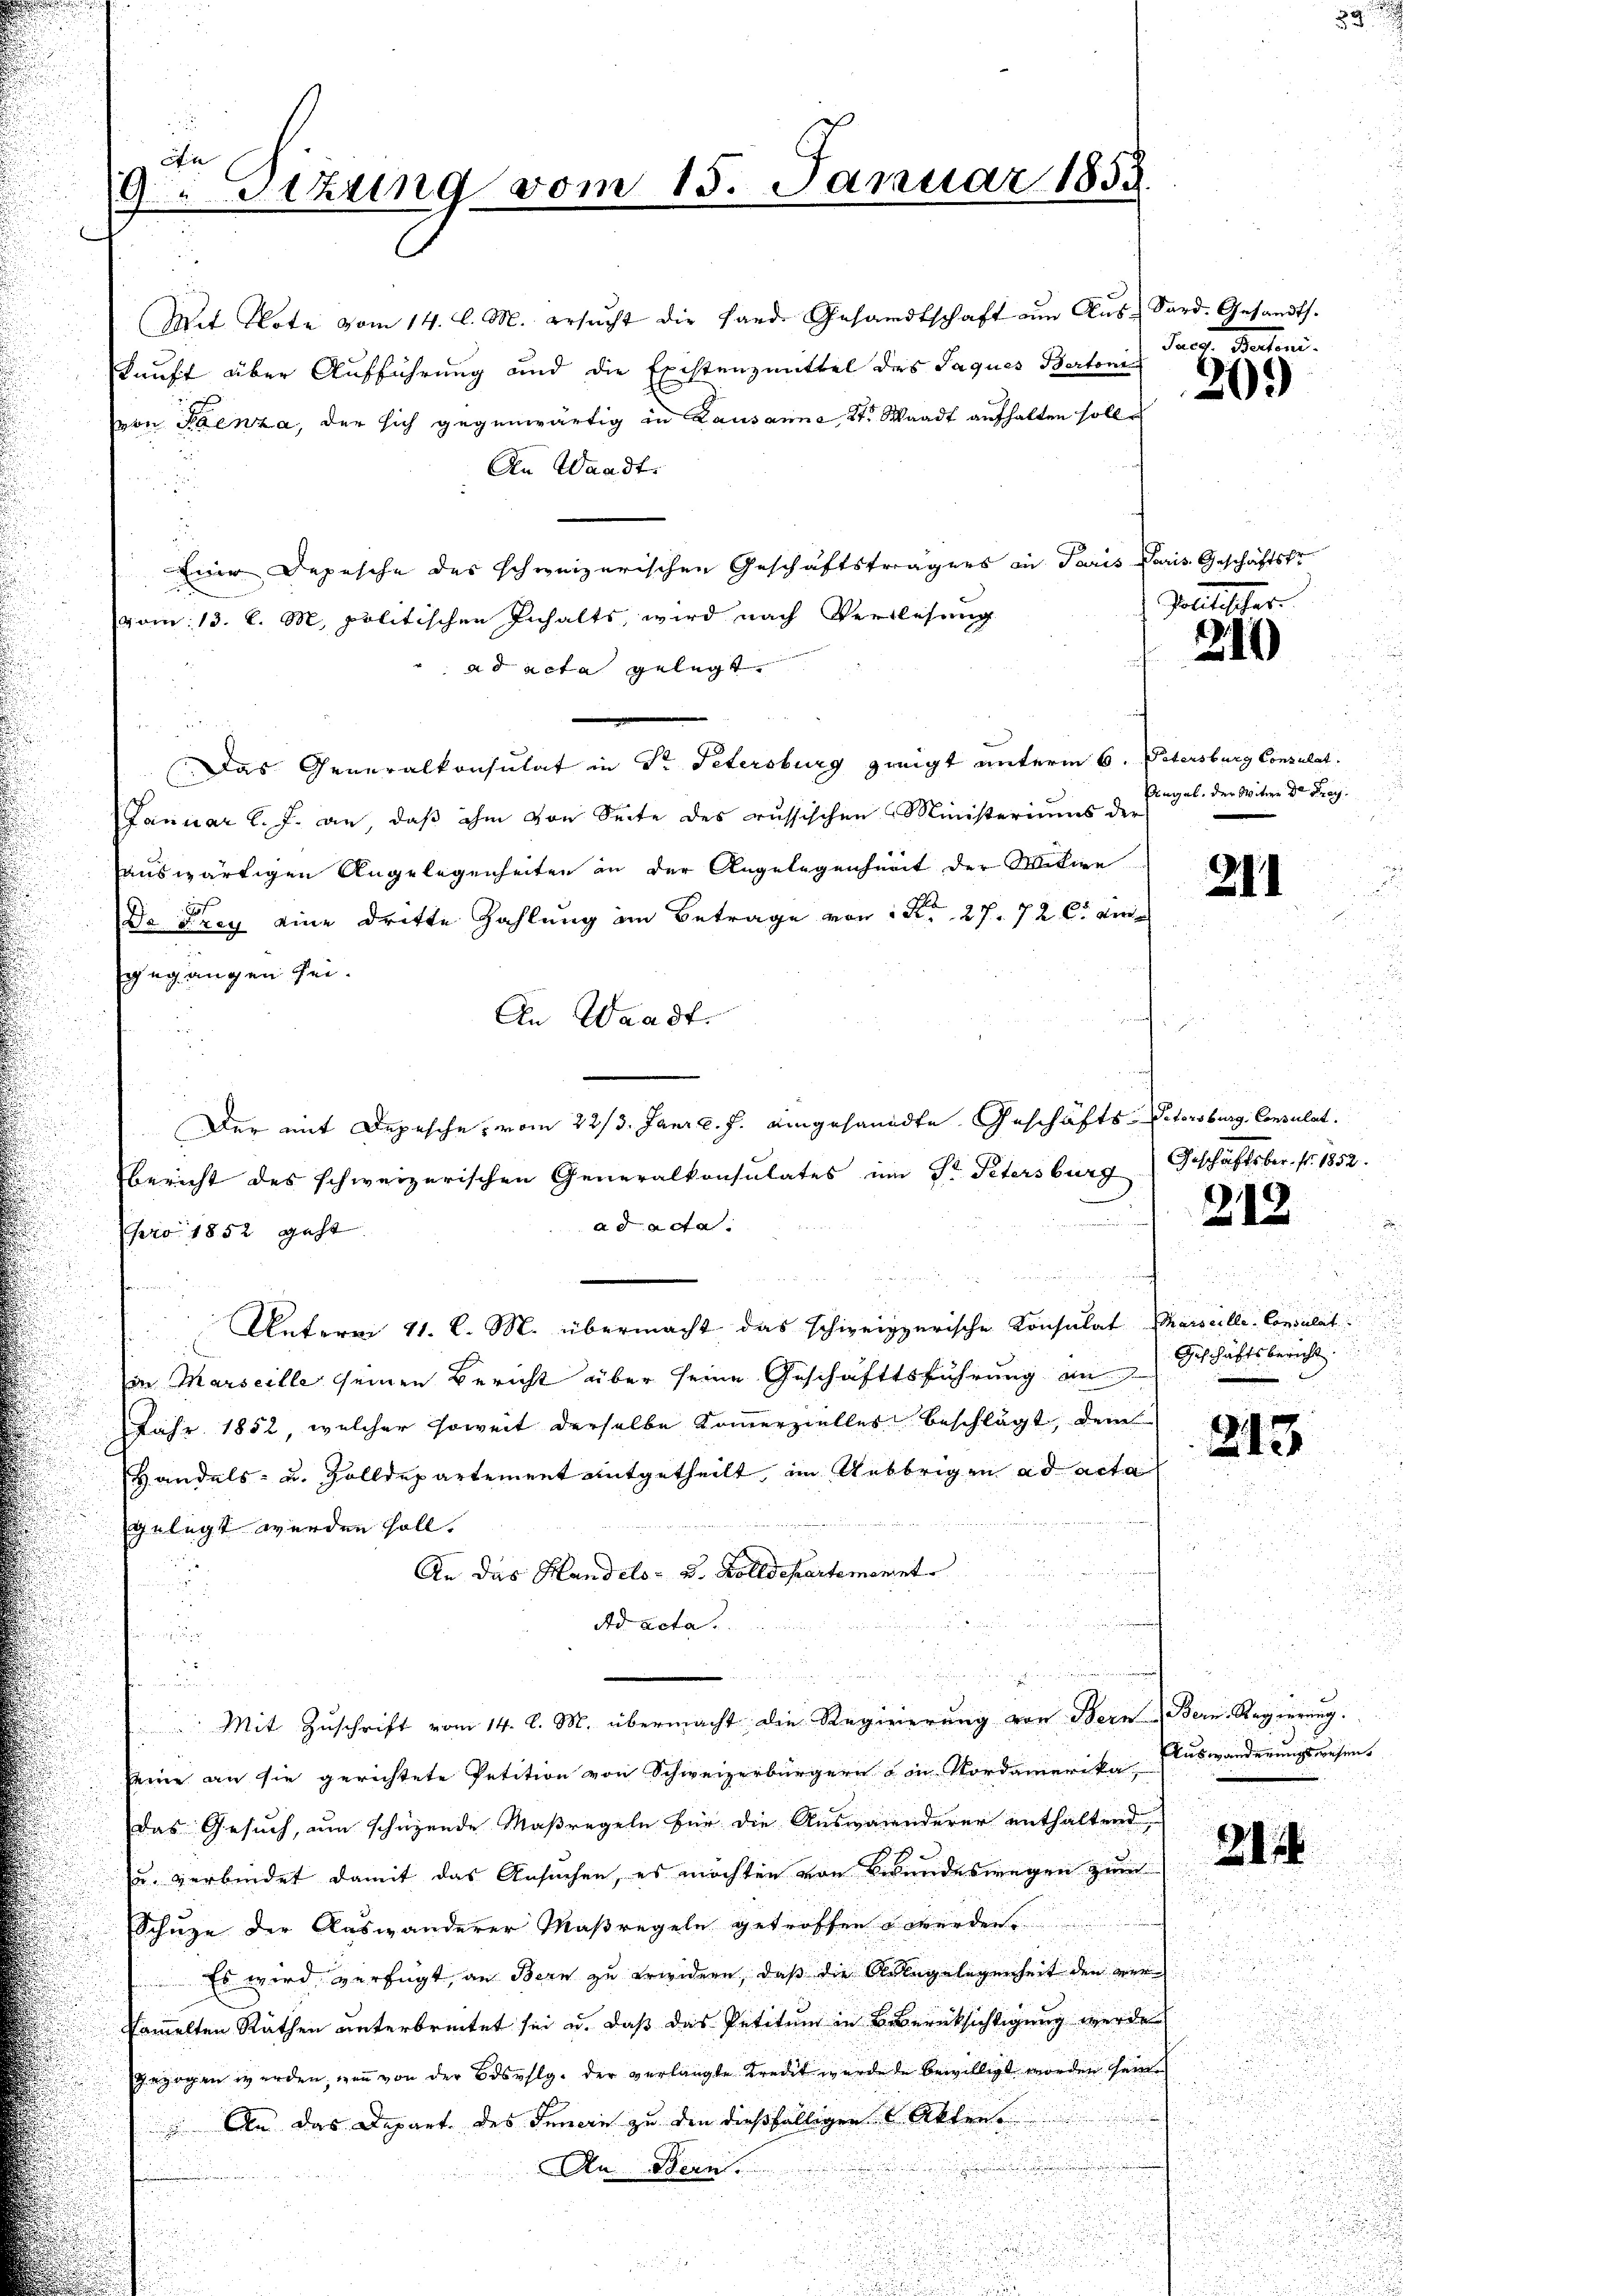
die
9. Sizung vom 15. Januar 1855

kunft über Aufführung und die Existenzmittel des Jaques Bertoni Prof. Bertoni.
von Penza, der sich gegenwärtig in Lausanne, St. Waadt aufhalten solle
An Waadt.
Eine Depesche des schweizerischen Geschäftsträgers in Paris Paris Geschäftskr
vom: 13. l. M. politischen Inhalts, wird nach Verlesung
ad acta gelegt.
Das Generalkonsulat in Dr Petersburg zweigt unterm 6. Vetersburg Consulat
Januar l. J. an, daß ihm von Seite des russischen Ministeriums der
auswärtigen Angelegenheiten in der Angelegenheit der Mitwe
Da Frey eine dritte Zahlung im Betrage von S. 27. 72 l. emgegangen sei.
An Waadt.
Der mit Depesche, vom 22/3. Janiz. J. eingesandte Geschäfts-Setorsburg, Consulat
bericht des schweizerischen Generalkonsulates um Dr. Petersburg
ad acta
pro 1852 geht
Unterm 11. l. M. übermacht das schweizerische Konsulat Thauseille-Consulat
in Marseille seinen Bericht über seine Geschäftsführung an Geschäftsbericht.
Jahr 1852, welcher soweit derselbe Kommerzielles beschlägt, dem
Handels- u. Zolldepartement mitgetheilt, im Uebrigen ad acta
gelegt werden soll.
An das Handels- u. Zolldepartement
.

Ad acta
¬

 Mit Zuschrift vom 14. d. M. übermacht die Regierung von Bern Bern. Regierung.
seine an sie gerichtete Petition von Schweizerbürgern von Nordamerika Auswanderungswesen,
Das Gesuch, um schüzende Maßregeln für die Auswanderer enthaltend
u. verbindet damit das Ansuchen, es möchten von Bundeswegen zum
Schuze der Auswanderer Maßregeln getroffen werden.
Es wird verfügt, an Bern zu erwidern, daß die Anlagelegenheit den verkammelten Räthen unterbreitet sei u. daß das Petitum in Berücksichtigung werde
gezogen werden, wenn von der Bdsoslg. der verlangte Kredit wurde de bewilligt worden seine
 An das Depart des Innern zu den dießfälligen Akten.
An Bern.

Mit Note vom 14. l. M. ersŭcht die Hande Gesandtschaft am Aŭs-Sard. Gesandts.

20.

Zollister
219)
f

Angel, der Witwe Dr. Frag

211

Geschäftsber. Nr. 1852.

213

243

i

2114